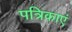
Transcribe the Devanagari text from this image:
पत्रिकाएं